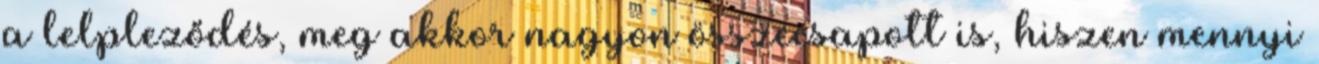
a lelpleződés, meg akkor nagyon összecsapott is, hiszen mennyi